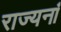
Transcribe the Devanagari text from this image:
राज्यनां